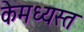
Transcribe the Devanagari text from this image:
केमध्यस्त